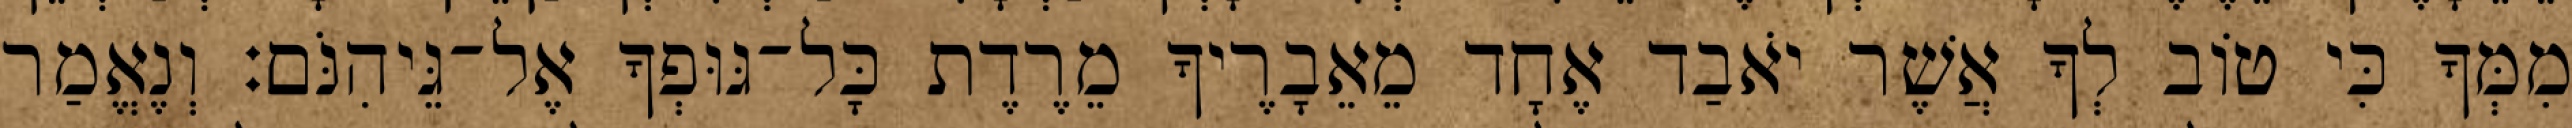
מִמְּךָ כִּי טוֹב לְךָ אֲשֶׁר יֹאבַד אֶחָד מֵאֵבָרֶיךָ מֵרֶדֶת כָּל־גּוּפְךָ אֶל־גֵּיהִנֹּם׃ וְנֶאֱמַר